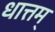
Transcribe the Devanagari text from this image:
धात्तम्‌